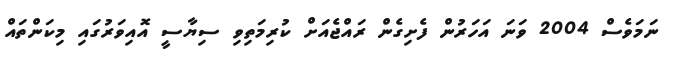
ނަމަވެސް 2004 ވަނަ އަހަރުން ފެެށިގެން ރައްޖެއަށް ކުރިމަތިވި ސިޔާސީ އޮއިވަރުގައި މިކަންތައް